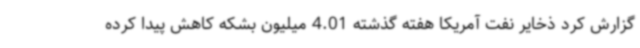
گزارش کرد ذخایر نفت آمریکا هفته گذشته 4.01 میلیون بشکه کاهش پیدا کرده